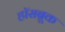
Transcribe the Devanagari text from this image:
हॉसब्रूक